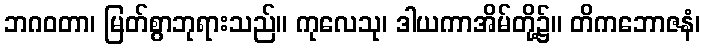
ဘဂဝတာ၊ မြတ်စွာဘုရားသည်။ ကုလေသု၊ ဒါယကာအိမ်တို့၌။ တိကဘောဇနံ၊